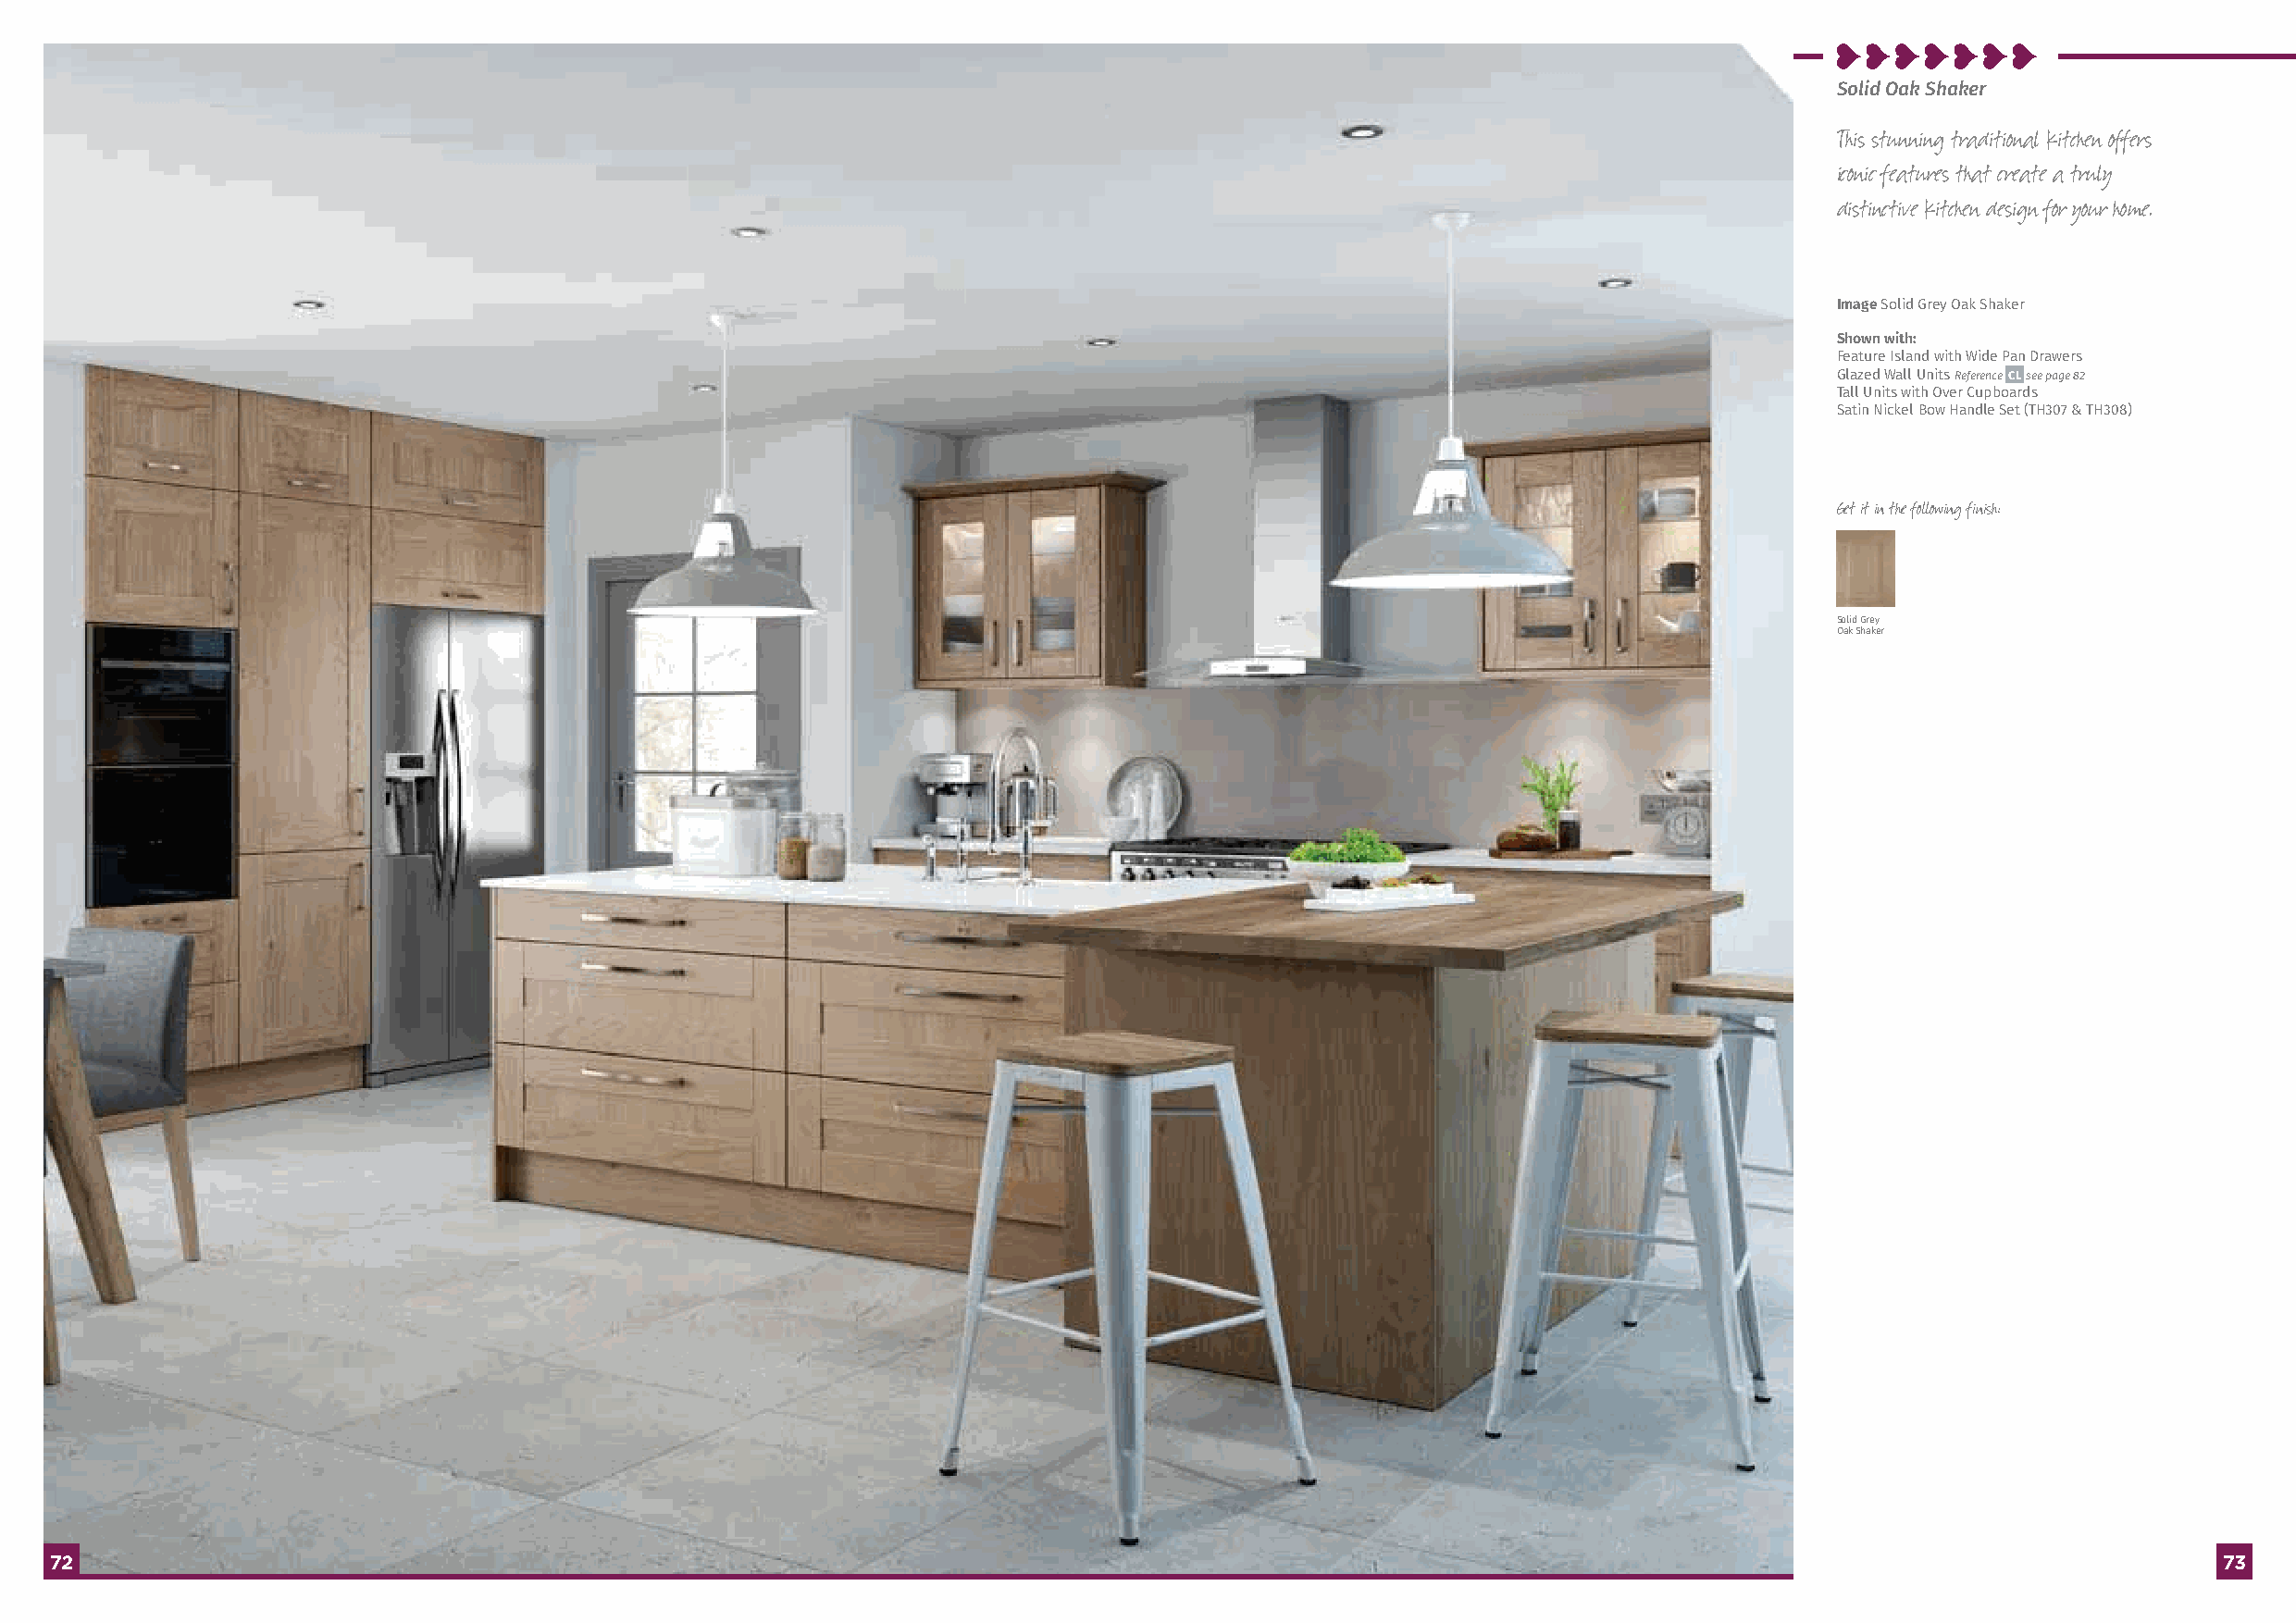
Solid Oak Shaker
 This stunning traditional kitchen offers
 iconic features that create a truly
 distinctive kitchen design for your home.
 Image Solid Grey Oak Shaker
 Shown with:
 Feature Island with Wide Pan Drawers
 Glazed Wall Units Reference CL see page 82
 Tall Units with Over Cupboards
 Satin Nickel Bow Handle Set (TH307 & TH308)
 Get it in the following finish:
 Solid Grey
 Oak Shaker
 7722                                                                                                                                                       7733